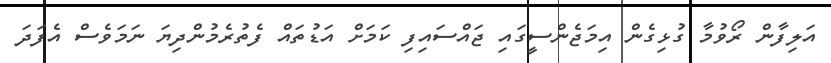
އަލިފާން ރޯވުމާ ގުޅިގެން އިމަޖެންސީގައި ޖައްސައިފި ކަމަށް އަޑުތައް ފެތުރެމުންދިޔަ ނަމަވެސް އެފަދަ